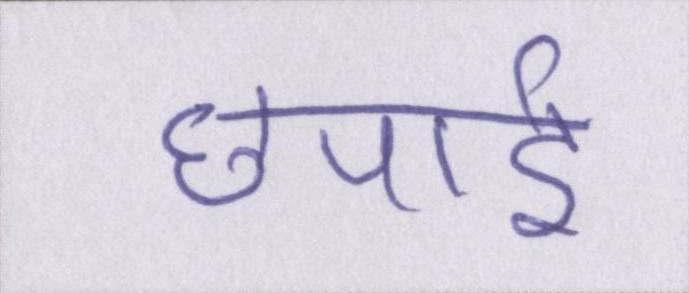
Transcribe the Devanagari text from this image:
छपाई